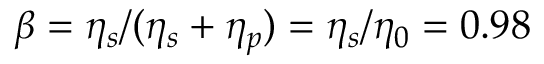
\beta = \eta _ { s } / ( \eta _ { s } + \eta _ { p } ) = \eta _ { s } / \eta _ { 0 } = 0 . 9 8